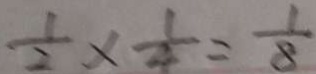
\frac { 1 } { 2 } \times \frac { 1 } { 4 } = \frac { 1 } { 8 }